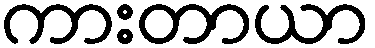
ကားတာယာ